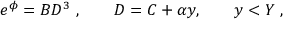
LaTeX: e ^ { \phi } = B D ^ { 3 } \ , \qquad D = C + \alpha y , \qquad y < Y \ ,